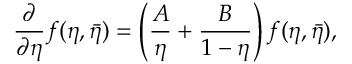
\frac { \partial } { \partial \eta } f ( \eta , \bar { \eta } ) = \left( \frac { A } { \eta } + \frac { B } { 1 - \eta } \right) f ( \eta , \bar { \eta } ) ,